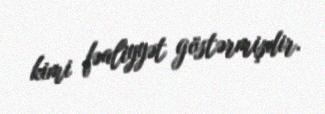
kimi fəaliyyət göstərmişdir.